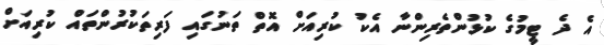
އެ ދެ ޓީމުގެ ކުޅުންތެރިންނާ އެކު ކުރިއަށް އޮތް ތަނުގައި ފަރިތަކުރުންތައް ކުރިއަށް